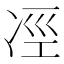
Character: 𠗊